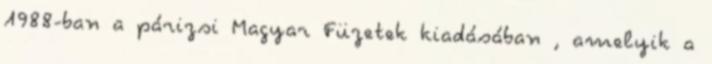
1988-ban a párizsi Magyar Füzetek kiadásában , amelyik a